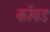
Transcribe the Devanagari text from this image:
कोंबड